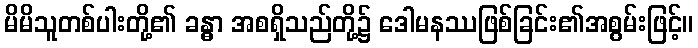
မိမိသူတစ်ပါးတို့၏ ခန္ဓာ အစရှိသည်တို့၌ ဒေါမနဿဖြစ်ခြင်း၏အစွမ်းဖြင့်။